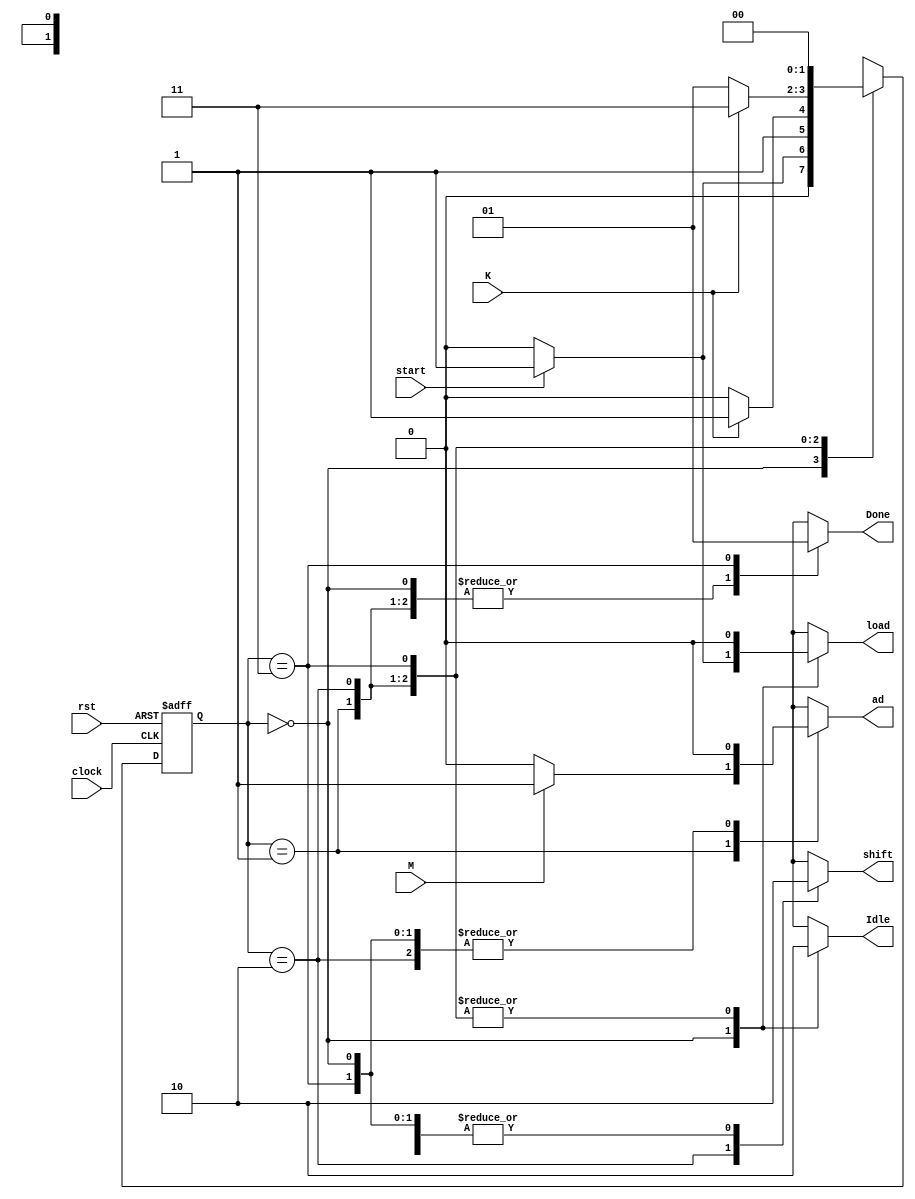
module Control_mult(clock,rst,shift,load,start,ad,M,K,Idle,Done);
 
	input clock,rst,start,M,K;
	output reg shift,load,ad,Idle,Done;
	reg [1:0] estado_atual;
	parameter s0 = 2'b00,s1 = 2'b01,s2 = 2'b10,s3 = 2'b11;
 
	always@(posedge clock,posedge rst)begin
		if (rst) 
			estado_atual <= s0;
		else
		case(estado_atual)
			s0:	if(start)
						estado_atual <= s1;
					else 
						estado_atual <= s0;
			s1:   if(K)
			         estado_atual <= s3;
			      else
			         estado_atual <= s2;
			s2:   if(K)
			         estado_atual <= s3;
					else
						estado_atual <= s1;
			s3:      estado_atual <= s0;
			default: estado_atual <= s0;
		endcase
	end
	 
   always @ (estado_atual,start,M) begin
	   case (estado_atual)
			s0:	begin
						Done = 0;
						Idle = 1;
						shift = 0;
						ad = 0;
						if(start)begin
			            load = 1;
						end
						else load = 0;
						end
		   s1:	begin
						Done = 0;
						Idle = 0;
						load = 0;
						shift = 0;
						if(M) begin
			            ad = 1;
							end
						else  begin
						   ad = 0;
						end
						end
		   s2: 	begin
						Done = 0;
						Idle = 0;
						load = 0;
						shift = 1;
						ad = 0;
						end
		   s3: 	begin 
						Done = 1;
						Idle = 0;
						load = 0;
						ad = 0;
						shift = 0;
						end
		endcase
   end
	
 endmodule